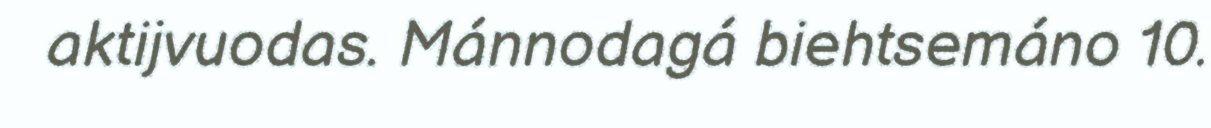
aktijvuodas. Mánnodagá biehtsemáno 10.